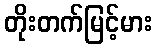
တိုးတက်မြင့်မား